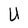
Character: U